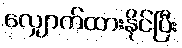
လျှောက်ထားနိုင်ပြီး